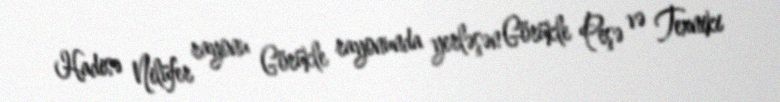
Hadisə Nilüfer rayonu Görükle rayonunda yerləşən Görükle Peşə və Texniki